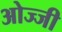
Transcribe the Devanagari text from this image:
ओज्जी